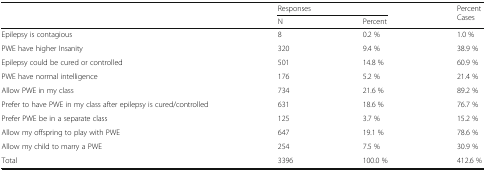
| <ROWSPAN=2>  | <COLSPAN=2> Responses | <ROWSPAN=2> Percent Cases |
 | N | Percent |
 | --- | --- | --- | --- |
 | Epilepsy is contagious | 8 | 0.2 % | 1.0 % |
 | PWE have higher Insanity | 320 | 9.4 % | 38.9 % |
 | Epilepsy could be cured or controlled | 501 | 14.8 % | 60.9 % |
 | PWE have normal intelligence | 176 | 5.2 % | 21.4 % |
 | Allow PWE in my class | 734 | 21.6 % | 89.2 % |
 | Prefer to have PWE in my class after epilepsy is cured/controlled | 631 | 18.6 % | 76.7 % |
 | Prefer PWE be in a separate class | 125 | 3.7 % | 15.2 % |
 | Allow my offspring to play with PWE | 647 | 19.1 % | 78.6 % |
 | Allow my child to marry a PWE | 254 | 7.5 % | 30.9 % |
 | Total | 3396 | 100.0 % | 412.6 % |